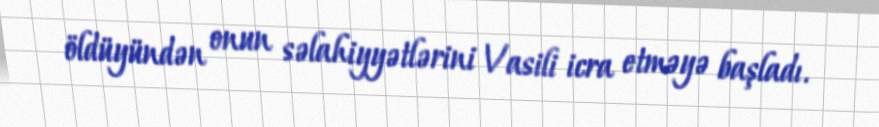
öldüyündən onun səlahiyyətlərini Vasili icra etməyə başladı.